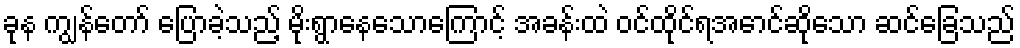
ခုန ကျွန်တော် ပြောခဲ့သည့် မိုးရွာနေသောကြောင့် အခန်းထဲ ဝင်ထိုင်ရအောင်ဆိုသော ဆင်ခြေသည်